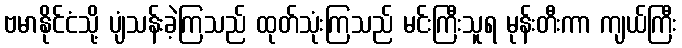
ဗမာနိုင်ငံသို့ ပျံသန်းခဲ့ကြသည် ထုတ်သုံးကြသည် မင်းကြီးသူရ မုန်းတီးကာ ကျယ်ကြီး